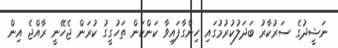
ނަޝީދުގެ ސަރުކާރު ބަދަލުކުރުމުގައި ހިންގާފައިވާ ކަންކަން ތަހުގީގު ކުރަން ޖެހޭނީ ރާއްޖެ އިން